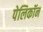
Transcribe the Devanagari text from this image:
पेलिकॉन